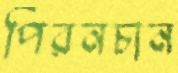
পিরনচান